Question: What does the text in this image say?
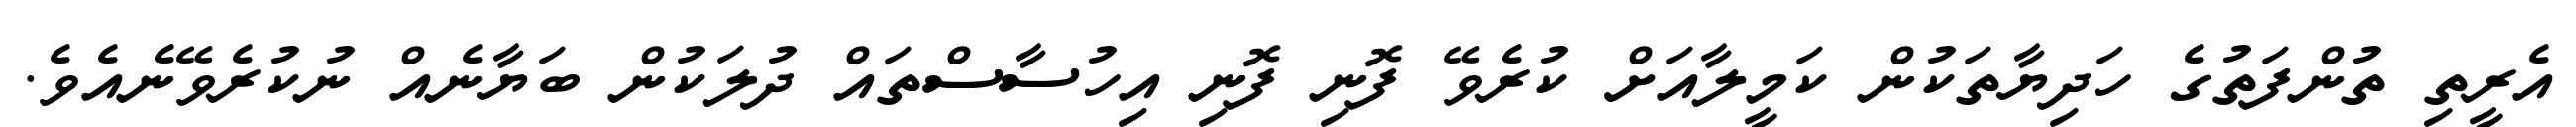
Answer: އެރީތި ތުންފަތުގެ ހަދިޔާތަކުން ކަމީލާއަށް ކުރެވޭ ފޮނި ފޮނި އިހުސާސްތައް ދުލަކުން ބަޔާނެއް ނުކުރެވޭނެއެވެ.